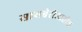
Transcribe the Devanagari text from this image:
सायबेरीआतील